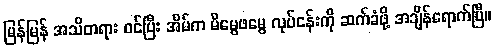
မြန်မြန် အသိတရား ဝင်ပြီး အိမ်က မိမွေဖမွေ လုပ်ငန်းကို ဆက်ခံဖို့ အချိန်ရောက်ပြီ။